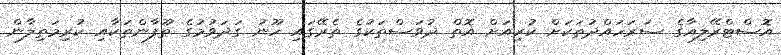
އޮސްޓްރޭލިއާގެ ސަރަހައްދުތަކަށް ކުރިއަށް އޮތް ދުވަސްތަކުގެ ތެރޭގައި ހޫނު ގަދަވުމުގެ ތޫފާންތަކާއި ކުރިމަތިލާން